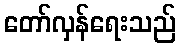
တော်လှန်ရေးသည်